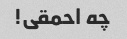
چه احمقی!